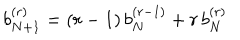
b _ { N + 1 } ^ { ( r ) } = ( r - 1 ) \, b _ { N } ^ { ( r - 1 ) } + r \, b _ { N } ^ { ( r ) }